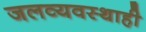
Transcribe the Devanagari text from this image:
जलव्यवस्थाही